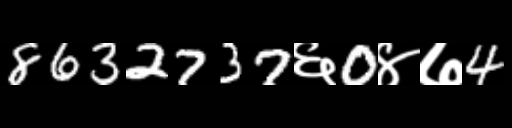
Text: 8632737६0४७4